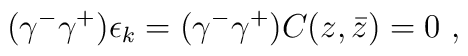
(\gamma^- \gamma^+) \epsilon_k =  (\gamma^- \gamma^+) C (z, \bar z) =0 \ ,